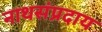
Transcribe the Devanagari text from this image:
नाथसंप्रदाय